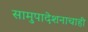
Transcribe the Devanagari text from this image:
सामुपादेशनाचाही